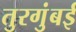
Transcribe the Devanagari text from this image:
तुरगुंबई